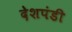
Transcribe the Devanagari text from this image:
देशपंडी